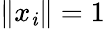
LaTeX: \| x_{\mathit{i}}\| =1